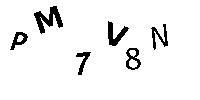
PM7V8N